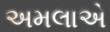
અમલાએ